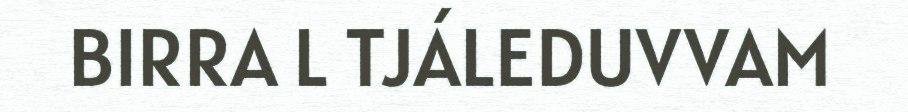
BIRRA L TJÁLEDUVVAM